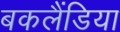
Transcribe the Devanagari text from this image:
बकलैंडिया